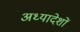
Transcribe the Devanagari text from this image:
अध्‍यादेशों